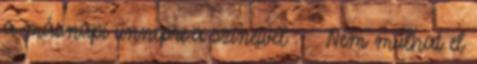
a másnapi ünnepre.a színeivel :- . Nem múlhat el